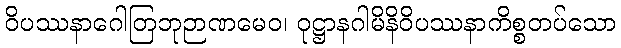
ဝိပဿနာဂေါတြဘုဉာဏမေဝ၊ ဝုဋ္ဌာနဂါမိနိဝိပဿနာကိစ္စတပ်သော